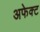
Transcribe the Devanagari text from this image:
अफेक्ट